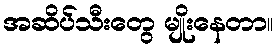
အဆိပ်သီးတွေ မျိုးနေတာ။